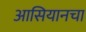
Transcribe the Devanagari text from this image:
आसियानचा